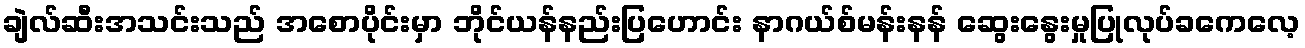
ချဲလ်ဆီးအသင်းသည် အစောပိုင်းမှာ ဘိုင်ယန်နည်းပြဟောင်း နာဂယ်စ်မန်းနန် ဆွေးနွေးမှုပြုလုပ်ခကေလေ့